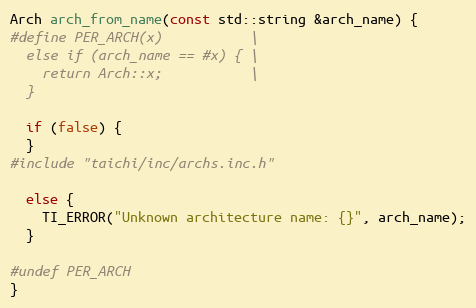
Language: C++
Arch arch_from_name(const std::string &arch_name) {
#define PER_ARCH(x)           \
  else if (arch_name == #x) { \
    return Arch::x;           \
  }

  if (false) {
  }
#include "taichi/inc/archs.inc.h"

  else {
    TI_ERROR("Unknown architecture name: {}", arch_name);
  }

#undef PER_ARCH
}